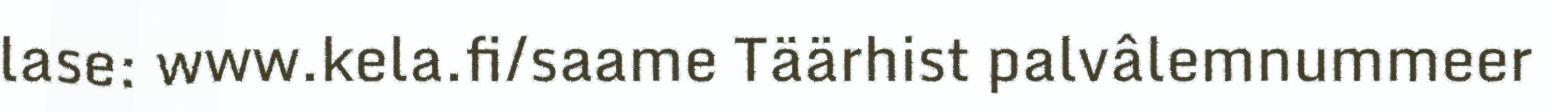
lase: www.kela.fi/saame Täärhist palvâlemnummeer